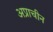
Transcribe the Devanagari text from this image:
अप्राचीन